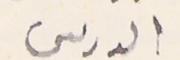
الدرىىى